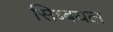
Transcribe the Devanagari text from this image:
सिब्बयल